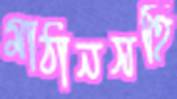
মাঠানসহি